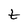
Character: t